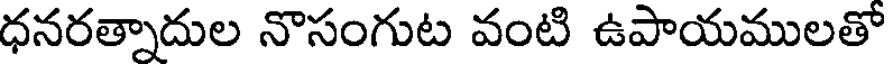
ధనరత్నాదుల నొసంగుట వంటి ఉపాయములతో